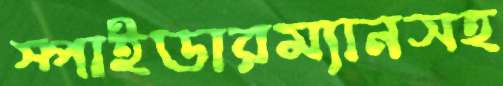
স্পাইডারম্যানসহ